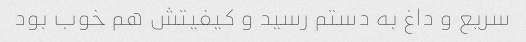
سریع و داغ به دستم رسید و کیفیتش هم خوب بود